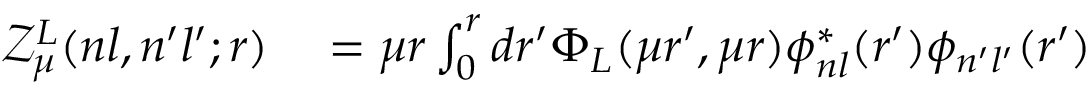
\begin{array} { r l } { \mathcal { Z } _ { \mu } ^ { L } ( n l , n ^ { \prime } l ^ { \prime } ; r ) } & { { } = \mu r \int _ { 0 } ^ { r } d r ^ { \prime } \Phi _ { L } ( \mu r ^ { \prime } , \mu r ) \phi _ { n l } ^ { * } ( r ^ { \prime } ) \phi _ { n ^ { \prime } l ^ { \prime } } ( r ^ { \prime } ) } \end{array}